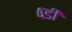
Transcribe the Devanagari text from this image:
४डी